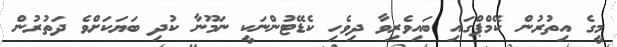
މީގެ އިތުރުން ކޭމްޕްގައި ބައިވެރިވާ ދިވެހި ކެޑޭޓުންނަކީ ނަމޫނާ ކުދި ބަޔަކަށްވެ ދަތުރުން